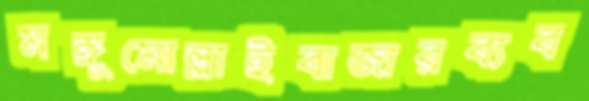
মঙ্গুমোল্লাইবাজারব্যব